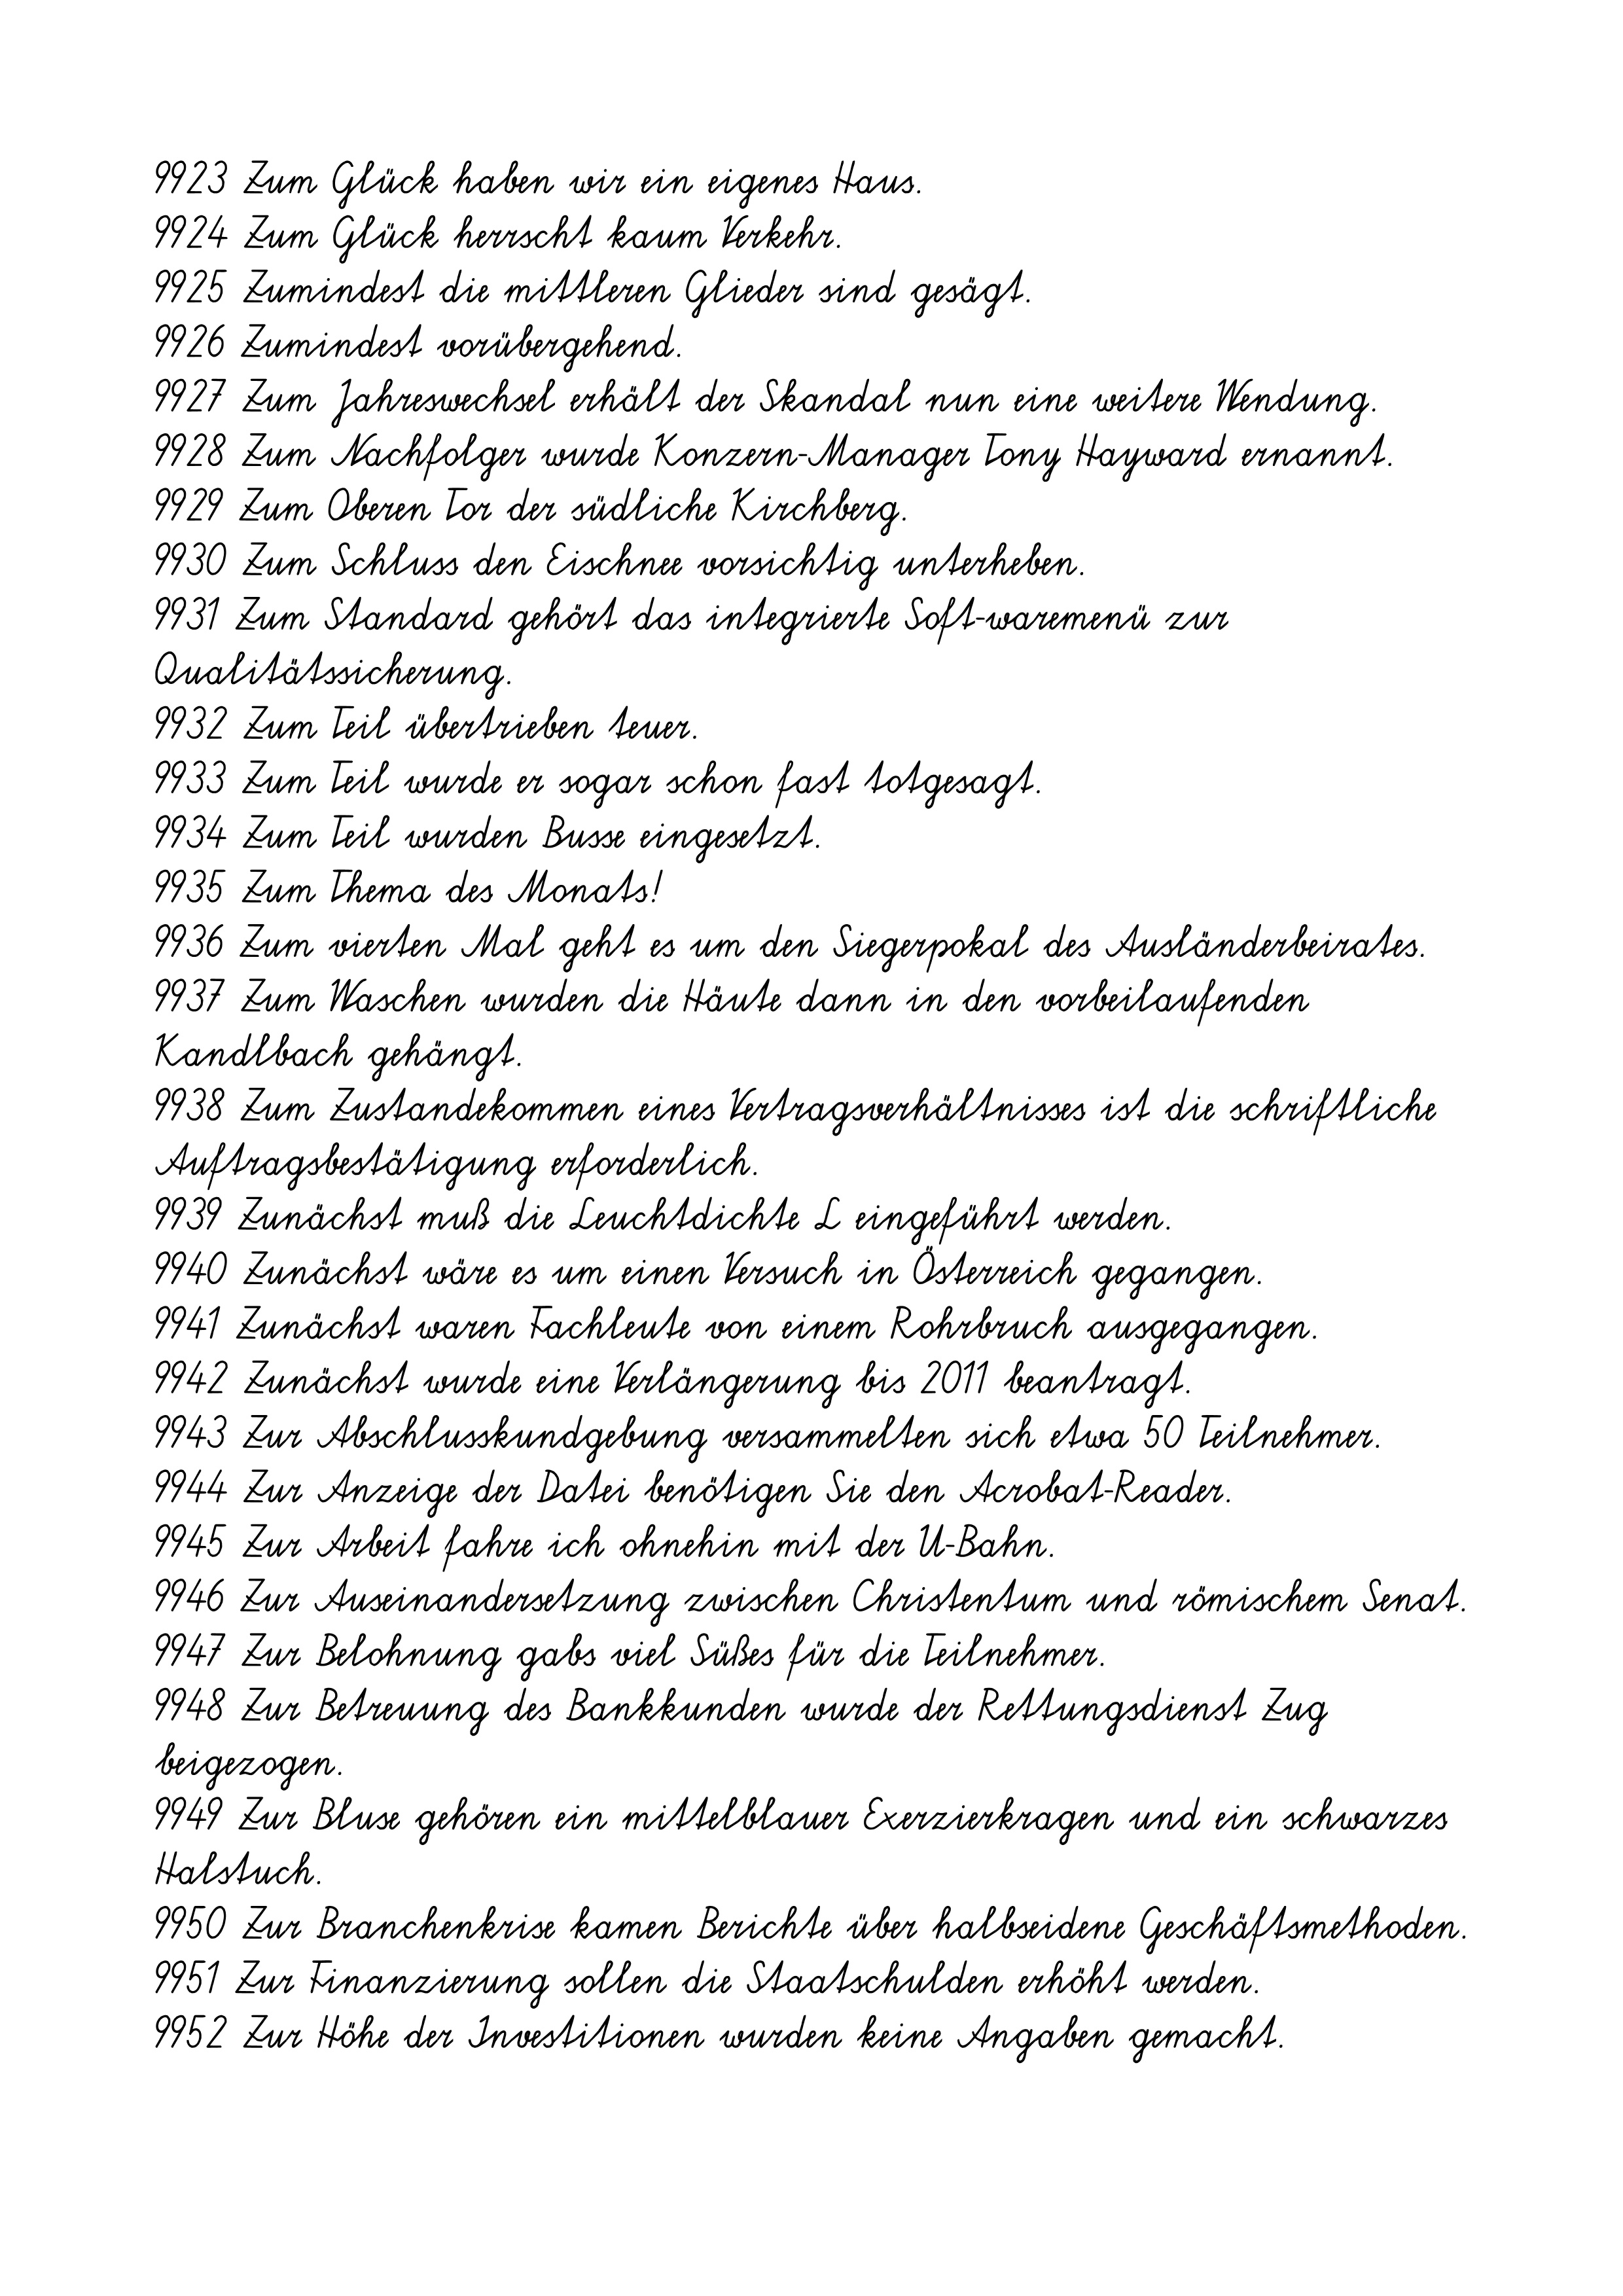
9923 Zum Glück haben wir ein eigenes Haus.
9924 Zum Glück herrscht kaum Verkehr.
9925 Zumindest die mittleren Glieder sind gesägt.
9926 Zumindest vorübergehend.
9927 Zum Jahreswechsel erhält der Skandal nun eine weitere Wendung.
9928 Zum Nachfolger wurde Konzern-Manager Tony Hayward ernannt.
9929 Zum Oberen Tor der südliche Kirchberg.
9930 Zum Schluss den Eischnee vorsichtig unterheben.
9931 Zum Standard gehört das integrierte Soft-waremenü zur
Qualitätssicherung.
9932 Zum Teil übertrieben teuer.
9933 Zum Teil wurde er sogar schon fast totgesagt.
9934 Zum Teil wurden Busse eingesetzt.
9935 Zum Thema des Monats!
9936 Zum vierten Mal geht es um den Siegerpokal des Ausländerbeirates.
9937 Zum Waschen wurden die Häute dann in den vorbeilaufenden
Kandlbach gehängt.
9938 Zum Zustandekommen eines Vertragsverhältnisses ist die schriftliche
Auftragsbestätigung erforderlich.
9939 Zunächst muß die Leuchtdichte L eingeführt werden.
9940 Zunächst wäre es um einen Versuch in Osterreich gegangen.
9941 Zunächst waren Fachleute von einem Rohrbruch ausgegangen.
9942 Zunächst wurde eine Verlängerung bis 2011 beantragt.
9943 Zur Abschlusskundgebung versammelten sich etwa 50 Teilnehmer.
9944 Zur Anzeige der Datei benötigen Sie den Acrobat-Reader.
9945 Zur Arbeit fahre ich ohnehin mit der U-Bahn.
9946 Zur Auseinandersetzung zwischen Christentum und römischem Senat.
9947 Zur Belohnung gabs viel Süßes für die Teilnehmer.
9948 Zur Betreuung des Bankkunden wurde der Rettungsdienst Zug
beigezogen.
9949 Zur Bluse gehören ein mittelblauer Exerzierkragen und ein schwarzes
Halstuch.
9950 Zur Branchenkrise kamen Berichte über halbseidene Geschäftsmethoden.
9951 Zur Finanzierung sollen die Staatschulden erhöht werden.
9952 Zur Höhe der Investitionen wurden keine Angaben gemacht.